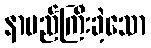
နာမည်ကြီးခဲ့သော